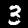
Digit: 3